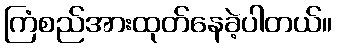
ကြံစည်အားထုတ်နေခဲ့ပါတယ်။